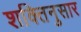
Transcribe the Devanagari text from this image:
शक्तिनुसार